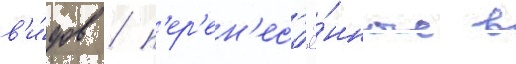
в'и́дов / п'ер'ен'ес'ё́нные в